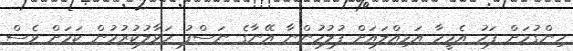
ހިންގުމަށް ފަހު އެމީހާ އަމިއްލައަށް ފުލުހުންނާ އޭނާގެ ނަސްފު ހަވާލުކުރުމުން ކަމަށް ވެސް